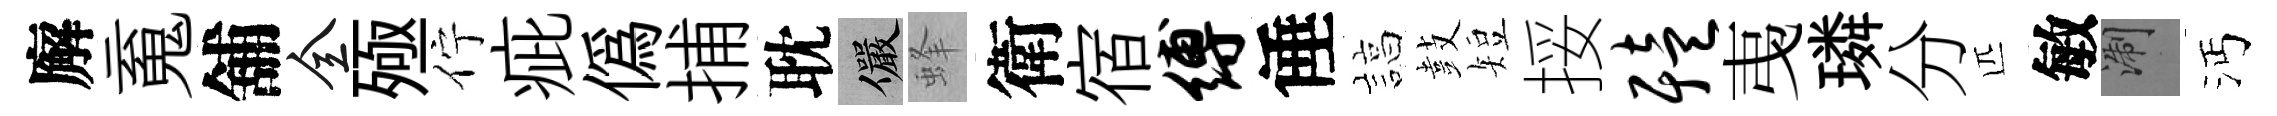
廨䰟舖全殛佇疵偽捕耽儼蜂衛宿缚倕諄鼓短挼殪𢎯璘分匹敏浙沔